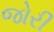
જોરી